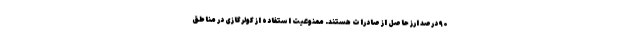
۹۰ درصد ارز حاصل از صادرات هستند. ممنوعیت استفاده از کولرگازی در مناطق